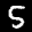
Label: 5